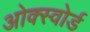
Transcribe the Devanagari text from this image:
ओक्स्वोर्ड